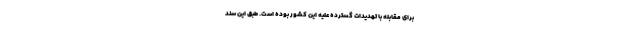
برای مقابله با تهدیدات گسترده علیه این کشور بوده است. طبق این سند